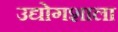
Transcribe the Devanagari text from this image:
उद्योगशाला